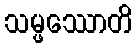
သမ္ဖဿောတိ